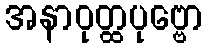
အနာဝုတ္ထပုဗ္ဗော